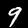
Label: 9